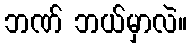
ဘဏ် ဘယ်မှာလဲ။